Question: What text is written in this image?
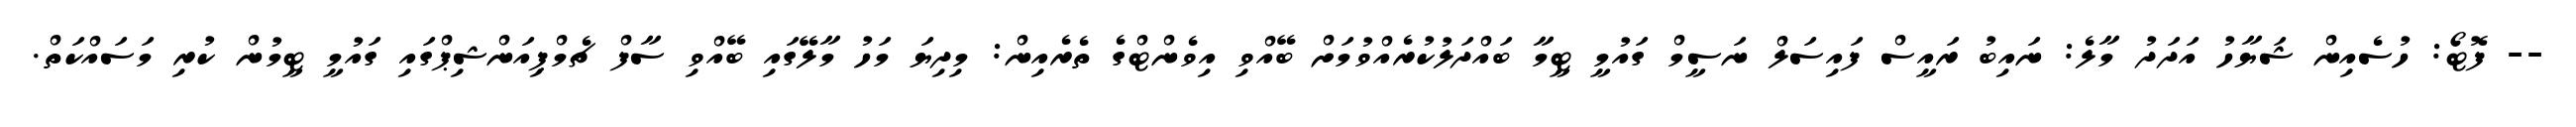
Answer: -- ފޮޓޯ: ހުސެއިން ޝަޔާހު އަދަދު މާލެ: ނައިބު ރައީސް ފައިސަލް ނަސީމް ގައުމީ ޓީމާ ބައްދަލުކުރެއްވުމަށް ބޭއްވި އިވެންޓްގެ ތެރެއިން: މިދިޔަ މަހު މާލޭގައި ބޭއްވި ސާފް ޗެމްޕިއަންޝިޕްގައި ގައުމީ ޓީމުން ކުރި މަސައްކަތް.